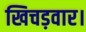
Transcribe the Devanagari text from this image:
खिचड़वार।